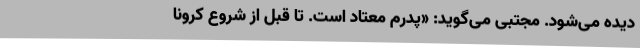
دیده می‌شود. مجتبی می‌گوید: «پدرم معتاد است. تا قبل از شروع کرونا